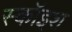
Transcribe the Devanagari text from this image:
स्कॉइश